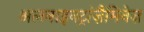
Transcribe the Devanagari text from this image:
अलनाइनट्रांज़ैमिनेज़